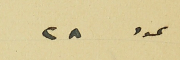
عدد ٢٨